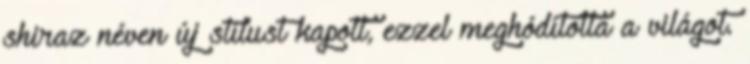
shiraz néven új stílust kapott, ezzel meghódította a világot.